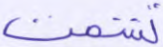
تشمت